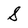
Character: S